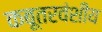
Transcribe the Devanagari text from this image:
कबूतरवंशीय